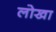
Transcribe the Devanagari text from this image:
लोखा